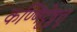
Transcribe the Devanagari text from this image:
कण्णिट्टेषु़त्तु